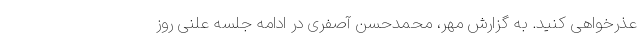
عذرخواهی کنید. به گزارش مهر، محمدحسن آصفری در ادامه جلسه علنی روز